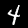
Label: 4